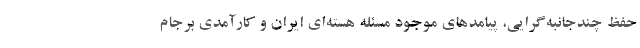
حفظ چندجانبه‌گرایی، پیامدهای موجود مسئله هسته‌ای ایران و کارآمدی برجام